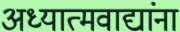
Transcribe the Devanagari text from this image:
अध्यात्मवाद्यांना